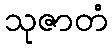
သုဇာတံ